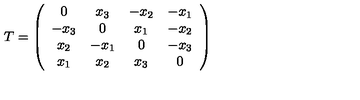
T = \left( \begin{array} { c c c c } { 0 } & { x _ { 3 } } & { - x _ { 2 } } & { - x _ { 1 } } \\ { - x _ { 3 } } & { 0 } & { x _ { 1 } } & { - x _ { 2 } } \\ { x _ { 2 } } & { - x _ { 1 } } & { 0 } & { - x _ { 3 } } \\ { x _ { 1 } } & { x _ { 2 } } & { x _ { 3 } } & { 0 } \\ \end{array} \right)